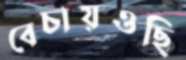
বেচায়ওছি